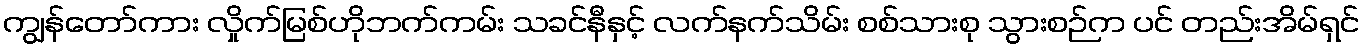
ကျွန်တော်ကား လှိုက်မြစ်ဟိုဘက်ကမ်း သခင်နီနှင့် လက်နက်သိမ်း စစ်သားစု သွားစဉ်က ပင် တည်းအိမ်ရှင်